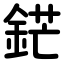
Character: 鋩